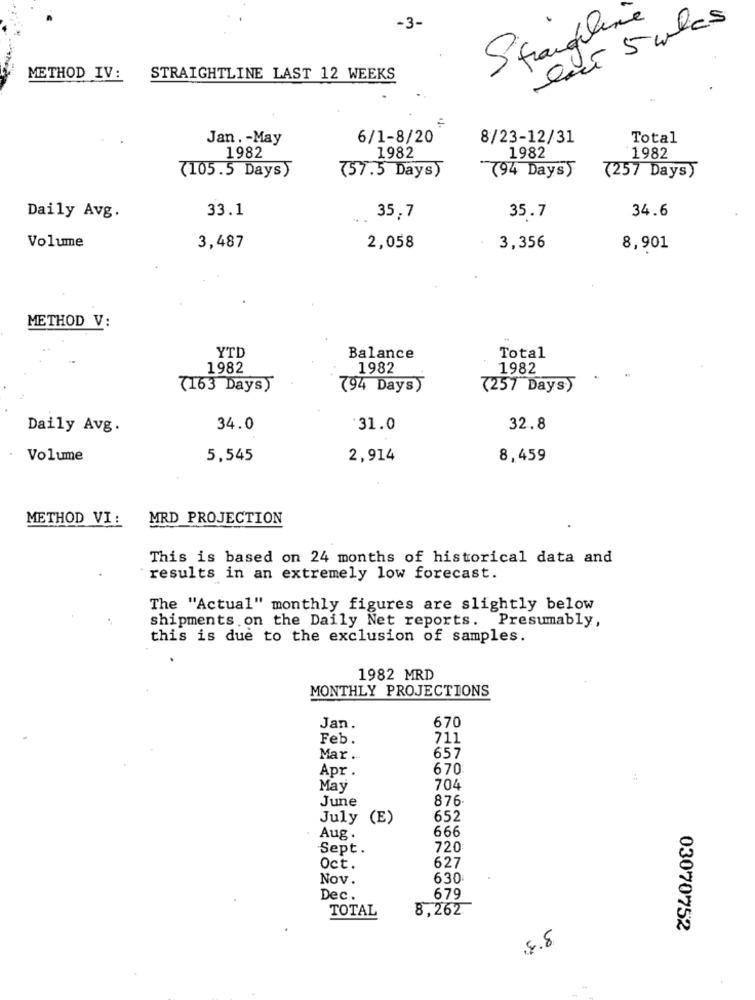
ent 5 mles
-3-
Stranglene
METHOD IV:
STRAIGHTLINE LAST 12 WEEKS
Jan. - May
6/1-8/20
8/23-12/31
Total
1982
1982
1982
1982
794 Days)
7105.5 Days)
757.5 Days)
7257 Days)
33.1
34.6
Daily Avg.
35,7
35.7
Volume
3,487
2,058
3,356
8,901
METHOD V:
YTD
Balance
Total
1982
1982
1982
7163 Days)
794 Days)
7257 Days)
Daily Avg.
34.0
'31.0
32.8
Volume
5,545
2,914
8,459
METHOD VI :
MRD PROJECTION
This is based on 24 months of historical data and
results in an extremely low forecast.
The "Actual" monthly figures are slightly below
shipments on the Daily Net reports. Presumably,
this is due to the exclusion of samples.
1982 MRD
MONTHLY PROJECTIONS
Jan.
670
Feb.
711
Mar .
657
Apr .
670
May
704
June
876
July (E)
652
666
Aug .
Sept.
720
Oct.
627
Nov.
630
Dec.
679
TOTAL
8,262
03070752
8.8